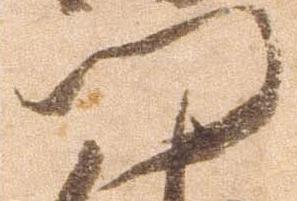
門